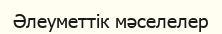
Әлеуметтік мәселелер